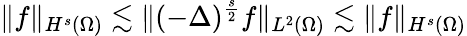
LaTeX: \lVert f\rVert_{H^{s}(\Omega)}\lesssim\lVert(-\Delta)^{\frac{s}{2}}f\rVert_{L^{2}(\Omega)}\lesssim\lVert f\rVert_{H^{s}(\Omega)}